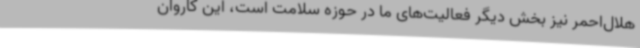
هلال‌احمر نیز بخش دیگر فعالیت‌های ما در حوزه سلامت است، این کاروان